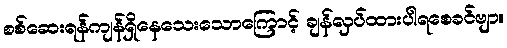
စစ်ဆေးရန်ကျန်ရှိနေသေးသောကြောင့် ချန်လှပ်ထားပါရစေခင်ဗျာ။